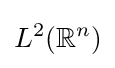
L^{2}({\mathbb {R} }^{n})